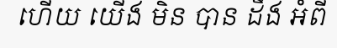
ហើយ យើង មិន បាន ដឹង អំពី